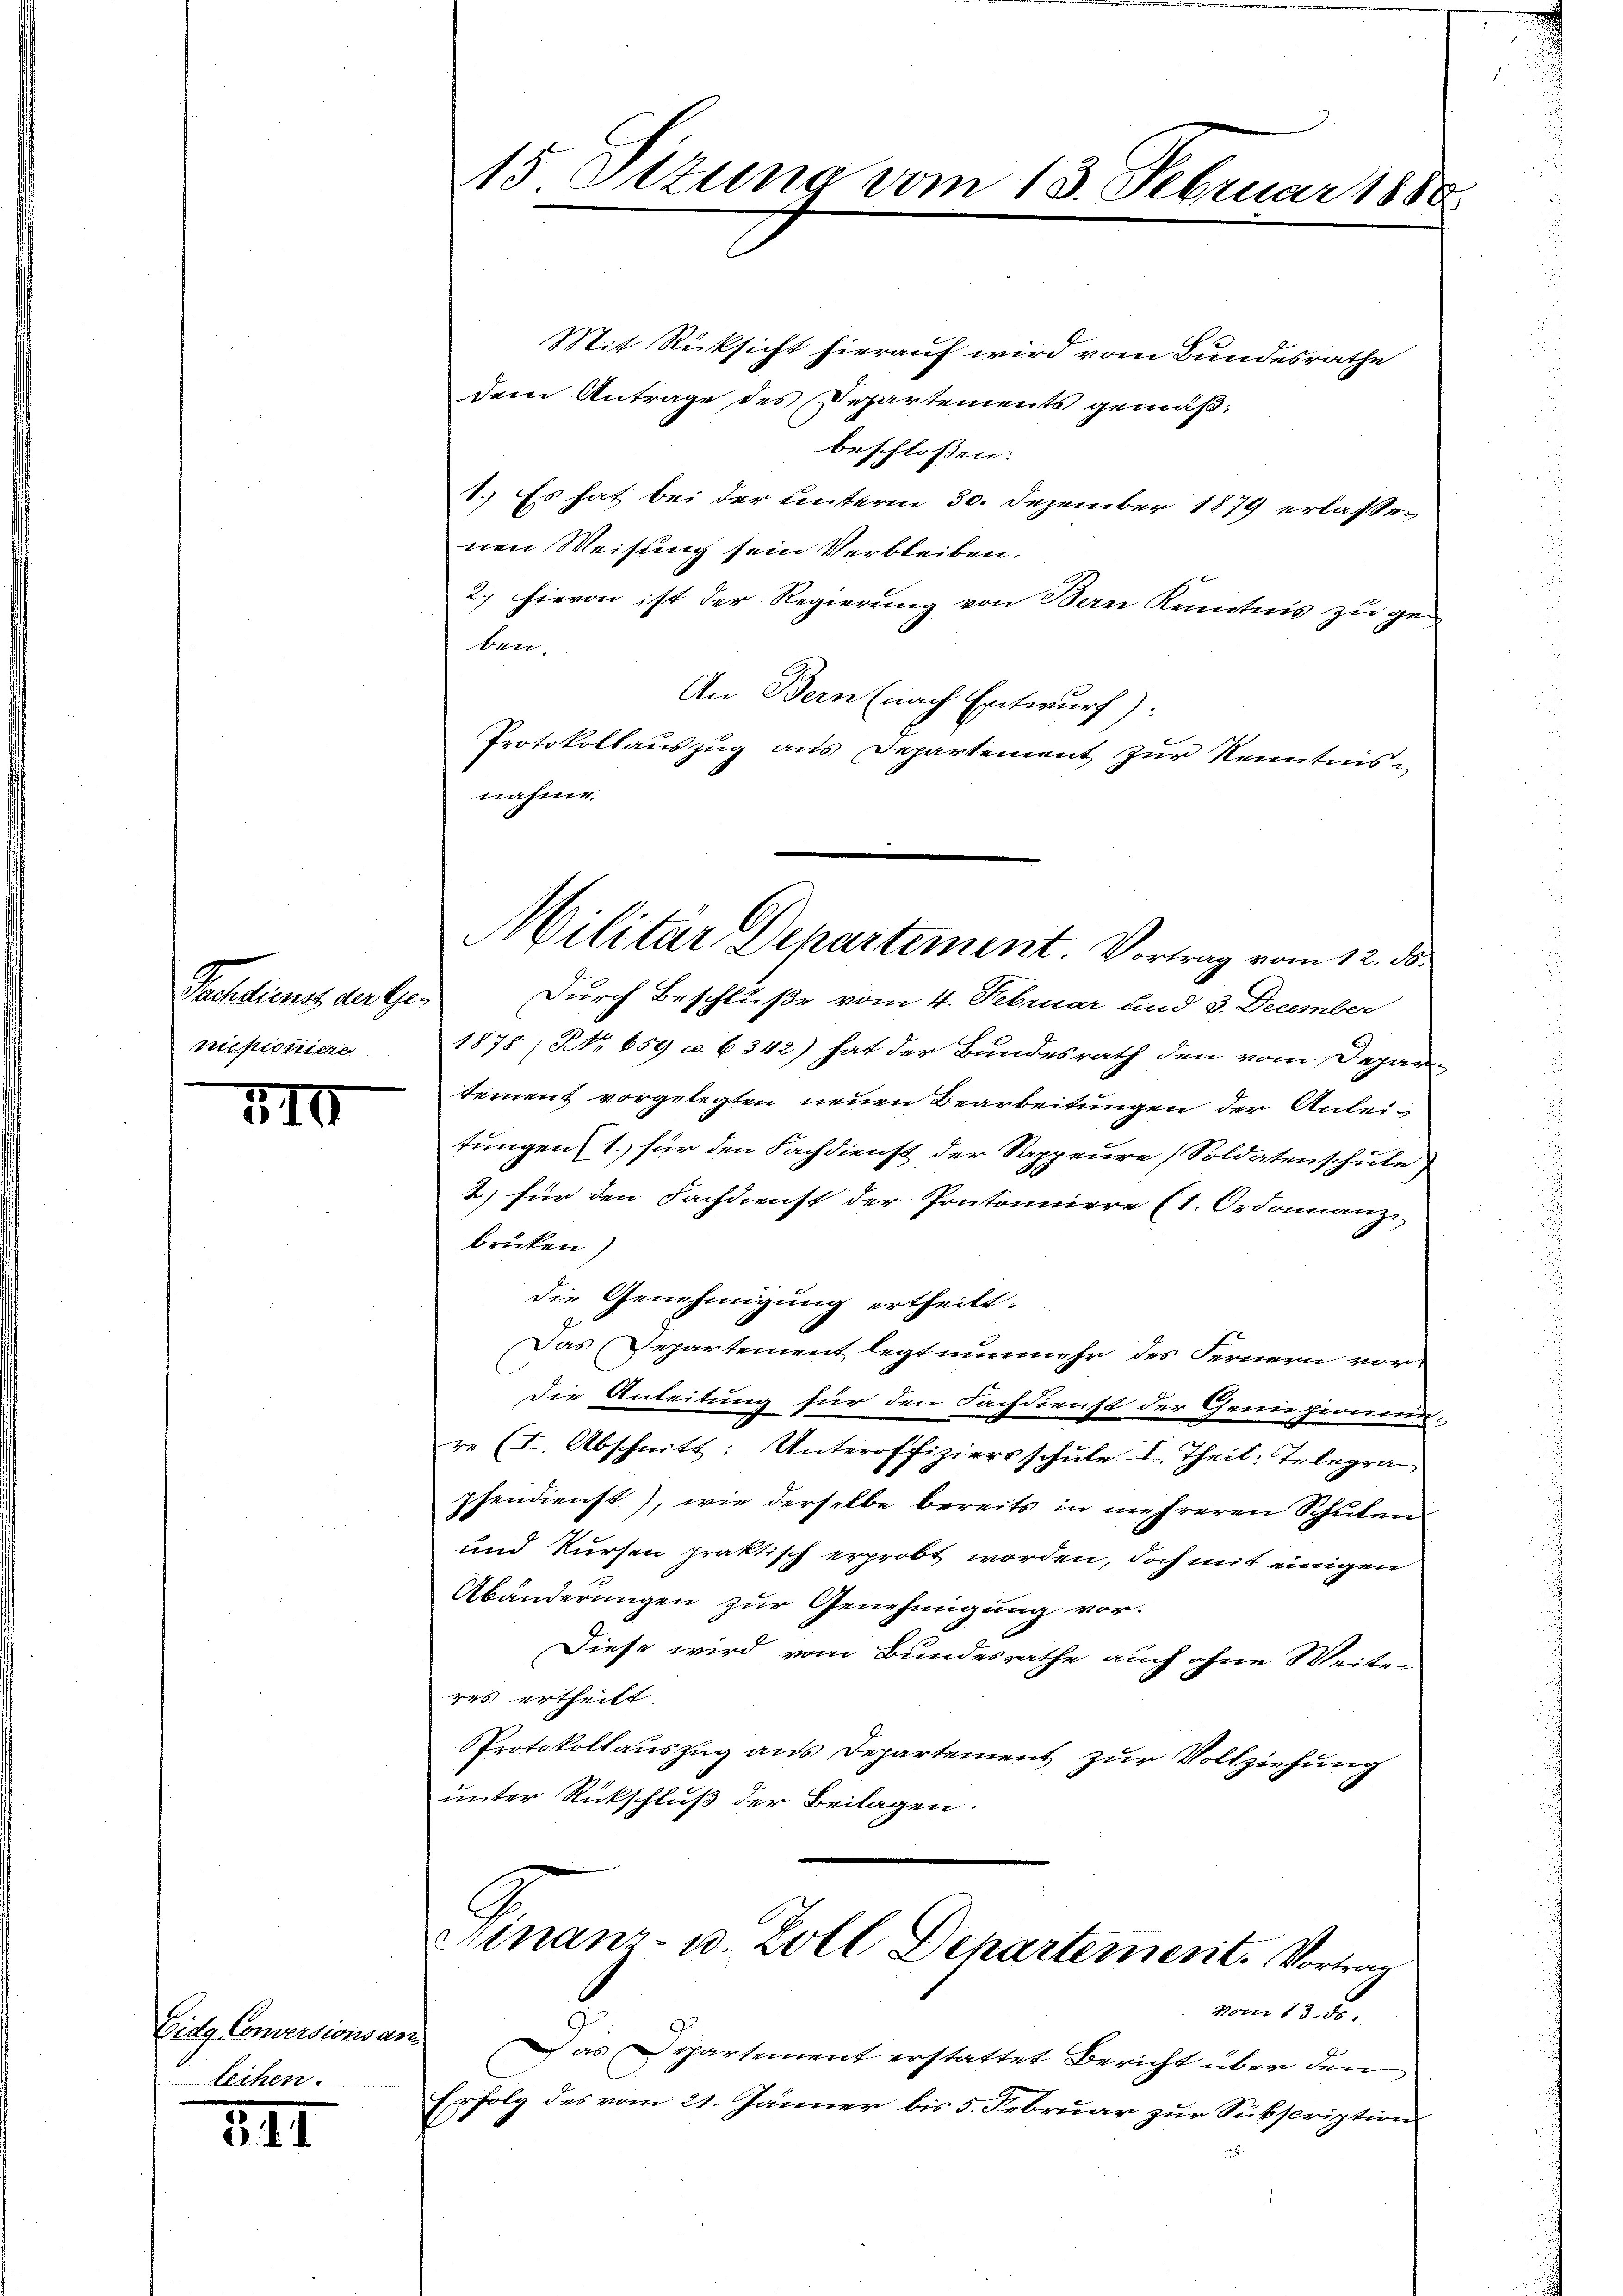
Pochdienes der Ge-
misioniere.

510

Eidg Conversions an
leihen.

341

15 Sttung vom 13. Februar 188

Mit Rücksicht hierauf wird vom Bundesrathe
dem Antrage des Departements gemäßbeschlossen:
1. Es hat bei der unterm 30. Dezember 1879 erlassenen Weisung sein Verbleiben.
2., hievon ist der Regierung von Bern Kenntnis zu geben.
An Bern (nach Entwurf):
Protokollauszug aus Departement zur Kenntnisnahme.

Durch Beschluße vom 4. Februar und 3. December
1875, No. 659 u. 6342) hat der Bundesrath den vom Depar
tement vorgelegten neuen Bearbeitungen der Anleitungen (1. für den Fachdienst der Sappeure (Soldatenschule
2) für den Fachdienst der Pontinuirre (1. Ordonnanz
brücken)
die Genehmigung ertheilt.
Das Departement legt nunmehr des Fernern vor¬
Die Anleitung für den Fachdienst der Geniehinund-
re (I. Abschnitt: Unteroffiziersschule I. Theil: Telegraphendienst), wie derselbe bereits in mehreren Schulen
und Kursen praktisch erprobt worden, doch mit einigen
Abänderungen zur Genehmigung vor.
Diese wird vom Bundesrathe auch ohne Weite-
res ertheilt
Protokollauszug aus Departement zur Vollziehung
unter Rückschluß der Beilagen.

Militar Departement. Vortrag vom 12. ds.

Finanz- u. Zoll Departement. Vortrag

vom 13. ds
Das Departement erstattet Bericht über den
folg des vom 21. Jänner bis 5. Februar zur Subscription
.